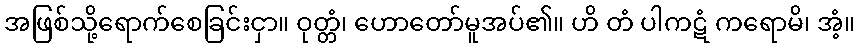
အဖြစ်သို့ရောက်စေခြင်းငှာ။ ဝုတ္တံ၊ ဟောတော်မူအပ်၏။ ဟိ တံ ပါကဋံ ကရောမိ၊ အံ့။